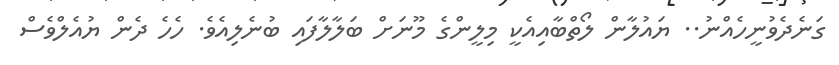
ގަނެދެވުނީހެއްނު.. ޔައުލާން ލޯތްބާއިއެކީ މިލީންގެ މޫނަށް ބަލާލާފައި ބުނެލިއެވެ. ހެހެ ދެން ޔުއެލްވެސް